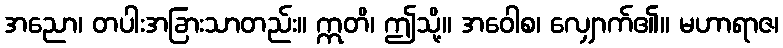
အညော၊ တပါးအခြားသာတည်း။ ဣတိ၊ ဤသို့။ အဝေါစ၊ လျှောက်၏။ မဟာရာဇ၊